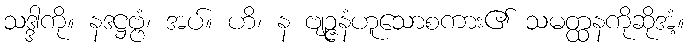
သဒ္ဒါကို။ နဒဋ္ဌဗ္ဗံ၊ အပ်။ ဟိ၊ န ဗျဉ္ဇနံဟူသောစကား၏ သမတ္ထနကိုဆိုအံ့။